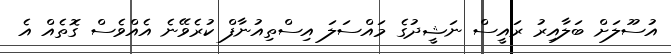
އުސޫލަށް ބަލާއިރު ރައީސް ނަޝީދުގެ މައްސަލަ އިސްތިއުނާފް ކުރެވޭނެ އެއްވެސް ގޮތެއް އެ